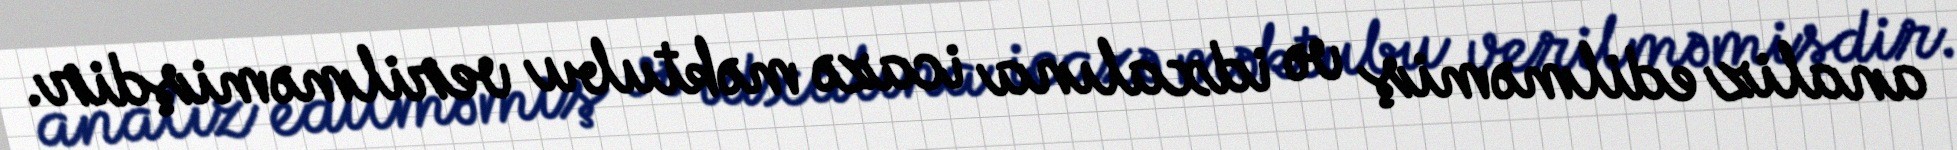
analiz edilməmiş və idxalına icazə məktubu verilməmişdir.